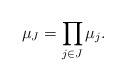
\begin{align*}\mu_J=\prod_{j\in J}\mu_j.\end{align*}